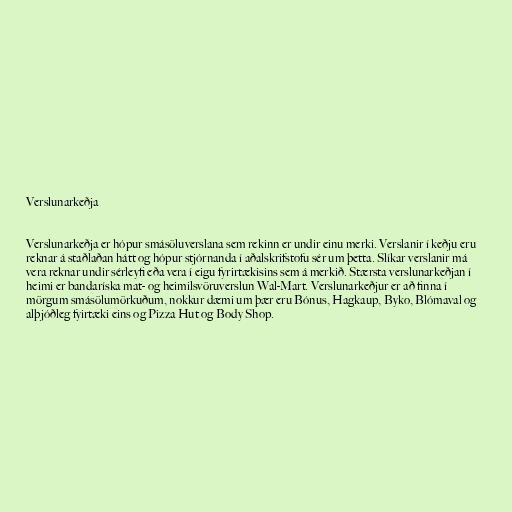
Verslunarkeðja

Verslunarkeðja er hópur smásöluverslana sem rekinn er undir einu merki. Verslanir í keðju eru
reknar á staðlaðan hátt og hópur stjórnanda í aðalskrifstofu sér um þetta. Slíkar verslanir má
vera reknar undir sérleyfi eða vera í eigu fyrirtækisins sem á merkið. Stærsta verslunarkeðjan í
heimi er bandaríska mat- og heimilsvöruverslun Wal-Mart. Verslunarkeðjur er að finna í
mörgum smásölumörkuðum, nokkur dæmi um þær eru Bónus, Hagkaup, Byko, Blómaval og
alþjóðleg fyirtæki eins og Pizza Hut og Body Shop.